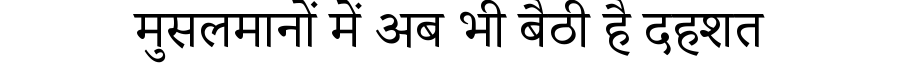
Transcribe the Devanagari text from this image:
मुसलमानों में अब भी बैठी है दहशत